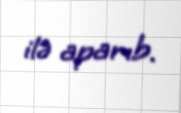
ilə aparıb.